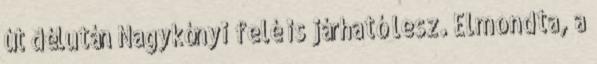
út délután Nagykónyi felé is járható lesz. Elmondta, a